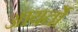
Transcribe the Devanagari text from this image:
आयर्तो